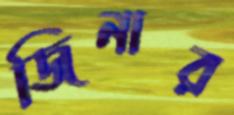
জিনার